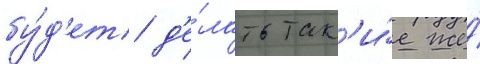
бу́д'ет д'е́лать так'и́е же́